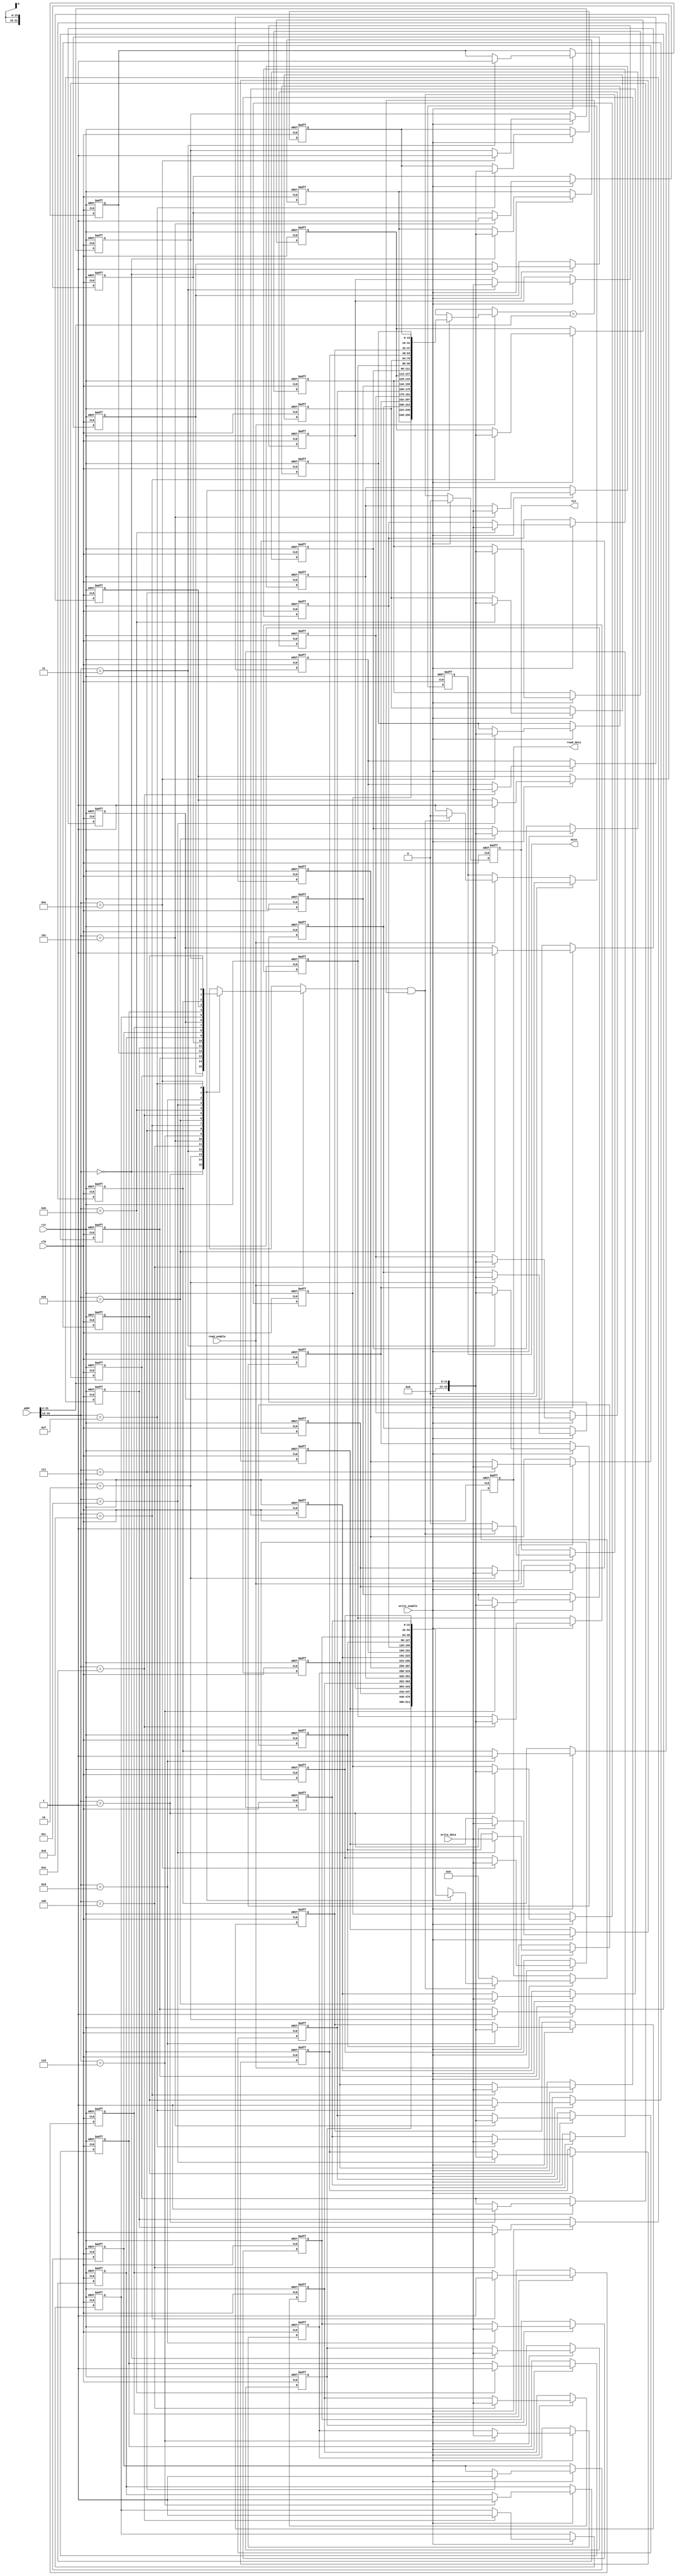
module io_cache #(
    parameter CACHE_SIZE = 16, // Number of cache lines
    parameter BLOCK_SIZE = 32,  // Size of each block in bytes
    parameter ADDR_WIDTH = 16    // Width of the address bus
)(
    input wire clk,
    input wire rst,
    input wire [ADDR_WIDTH-1:0] addr, // Address from processor
    input wire [BLOCK_SIZE-1:0] write_data, // Data to write
    input wire read_enable, // Read enable signal
    input wire write_enable, // Write enable signal
    output reg [BLOCK_SIZE-1:0] read_data, // Data read from cache
    output reg hit, // Cache hit signal
    output reg miss // Cache miss signal
);

    // Cache line structure
    reg [BLOCK_SIZE-1:0] cache_data [0:CACHE_SIZE-1]; // Cache data
    reg [ADDR_WIDTH-1:0] cache_tag [0:CACHE_SIZE-1];  // Cache tags
    reg cache_valid [0:CACHE_SIZE-1];                  // Valid bits

    integer i;

    wire [ADDR_WIDTH-1:0] index; // Index to access cache
    wire [ADDR_WIDTH-1:0] tag;   // Tag to compare
    assign index = addr[ADDR_WIDTH-1:ADDR_WIDTH-$clog2(CACHE_SIZE)];
    assign tag = addr[ADDR_WIDTH-1:$clog2(CACHE_SIZE)];

    always @(posedge clk or posedge rst) begin
        if (rst) begin
            // Reset cache
            for (i = 0; i < CACHE_SIZE; i = i + 1) begin
                cache_data[i] <= {BLOCK_SIZE{1'b0}};
                cache_tag[i] <= {ADDR_WIDTH{1'b0}};
                cache_valid[i] <= 1'b0;
            end
            hit <= 1'b0;
            miss <= 1'b0;
            read_data <= {BLOCK_SIZE{1'b0}};
        end else begin
            // Cache Read Operation
            if (read_enable) begin
                if (cache_valid[index] && (cache_tag[index] == tag)) begin
                    // Cache hit
                    read_data <= cache_data[index];
                    hit <= 1'b1;
                    miss <= 1'b0;
                end else begin
                    // Cache miss
                    read_data <= {BLOCK_SIZE{1'b0}}; // Or fetch from memory
                    hit <= 1'b0;
                    miss <= 1'b1;
                    // Fetch data from main memory or I/O device here
                    // (This part is not implemented for simplicity)
                end
            end

            // Cache Write Operation
            if (write_enable) begin
                // Write data to the cache
                cache_data[index] <= write_data;
                cache_tag[index] <= tag;
                cache_valid[index] <= 1'b1;
                hit <= 1'b0; // Write operation does not check for hit
                miss <= 1'b0;
            end
        end
    end

endmodule